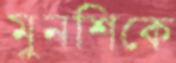
মুনশিকে